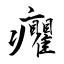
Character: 癯